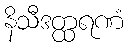
နိသီဒတ္ထရဏံ